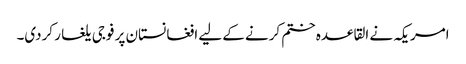
امریکہ نے القاعدہ ختم کرنے کے لیے افغانستان پر فوجی یلغار کردی۔